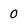
Character: O